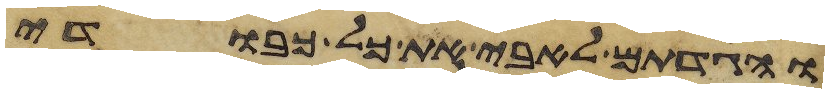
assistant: והגדתם לאבי את כל כבודי